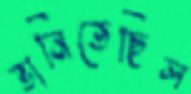
ভানিতেছিল